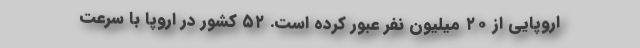
اروپایی از ۲۰ میلیون نفر عبور کرده است. ۵۲ کشور در اروپا با سرعت